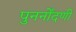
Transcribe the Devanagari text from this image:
पुनर्नोंदणी